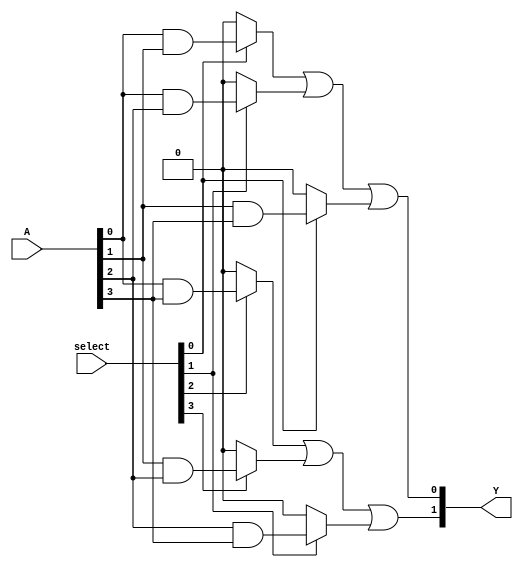
module Jewel_PAL (
    input wire [3:0] A,      // 4-bit input vector
    input wire [3:0] select, // 4-bit selection vector for programming AND gates
    output wire [1:0] Y      // 2-bit output vector
);

// Internal wires for AND gate outputs
wire [7:0] and_out;

// Programmable AND array - 8 AND gates
// Each AND gate is programmable based on the selection inputs
assign and_out[0] = (select[0]) ? (A[0] & A[1]) : 1'b0; // AND gate 0
assign and_out[1] = (select[1]) ? (A[0] & A[2]) : 1'b0; // AND gate 1
assign and_out[2] = (select[2]) ? (A[0] & A[3]) : 1'b0; // AND gate 2
assign and_out[3] = (select[3]) ? (A[1] & A[2]) : 1'b0; // AND gate 3
assign and_out[4] = (select[0]) ? (A[1] & A[3]) : 1'b0; // AND gate 4
assign and_out[5] = (select[1]) ? (A[2] & A[3]) : 1'b0; // AND gate 5
assign and_out[6] = (select[2]) ? (A[0] & ~A[1]) : 1'b0; // AND gate 6 (inverted input example)
assign and_out[7] = (select[3]) ? (~A[0] & A[1]) : 1'b0; // AND gate 7 (inverted input example)

// Fixed OR array - 2 OR gates
assign Y[0] = and_out[0] | and_out[1] | and_out[4]; // OR gate 0
assign Y[1] = and_out[2] | and_out[3] | and_out[5]; // OR gate 1

endmodule